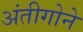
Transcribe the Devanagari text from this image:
अंतीगोने